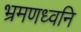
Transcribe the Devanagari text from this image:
भ्रमणध्वनि